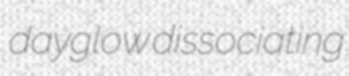
dayglow dissociating